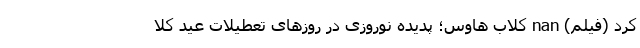
کرد (فیلم) nan کلاب ‌هاوس؛ پدیده نوروزی در روزهای تعطیلات عید کلا